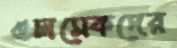
ওলমেকদের